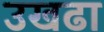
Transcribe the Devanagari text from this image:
उखढा